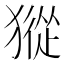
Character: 𤡆